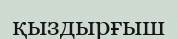
қыздырғыш